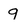
Character: 9